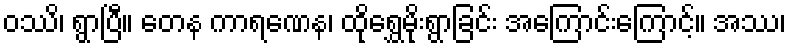
ဝဿိ၊ ရွာပြီ။ တေန ကာရဏေန၊ ထိုရွှေမိုးရွာခြင်း အကြောင်းကြောင့်။ အဿ၊